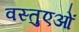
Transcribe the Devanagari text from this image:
वस्तुएओं